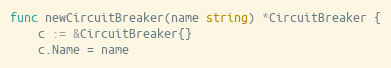
Language: Go
func newCircuitBreaker(name string) *CircuitBreaker {
	c := &CircuitBreaker{}
	c.Name = name